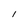
Character: I